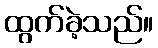
ထွက်ခဲ့သည်။